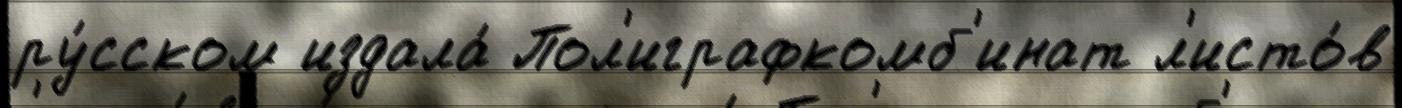
ру́сском издала́ Пол'играфкомб'инат л'исто́в